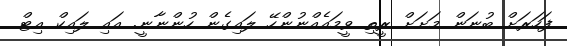
ފަހަރަށް ބުނަން މަށަށް ރީތި ވީމައެއްނުންހޭ ލައިގެން ހުންނާނީ. އައި ލައިކް އިޓް